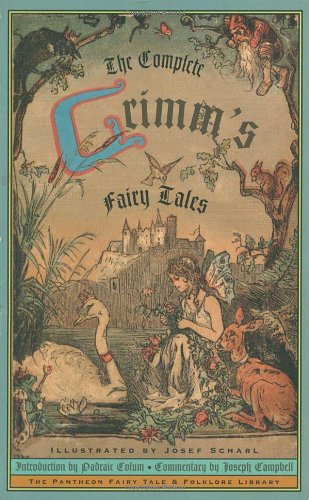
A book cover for The Complete Grimm's Fairy Tales; Jacob Grimm; Literature & Fiction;